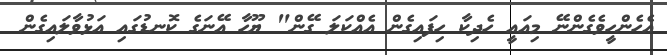
އެހެންހީވެގެންނޭ މިއައީ ހެދިކާ ހިފައިގެން އެއްކަލަ ގޭން" ޔޫހާ އޭނަގެ ކޮނޑުގައި އަޅުވާލައިގެން